Annual statistical returns and brief notes on vaccination in Bengal - 1887-1898
Year: 1887
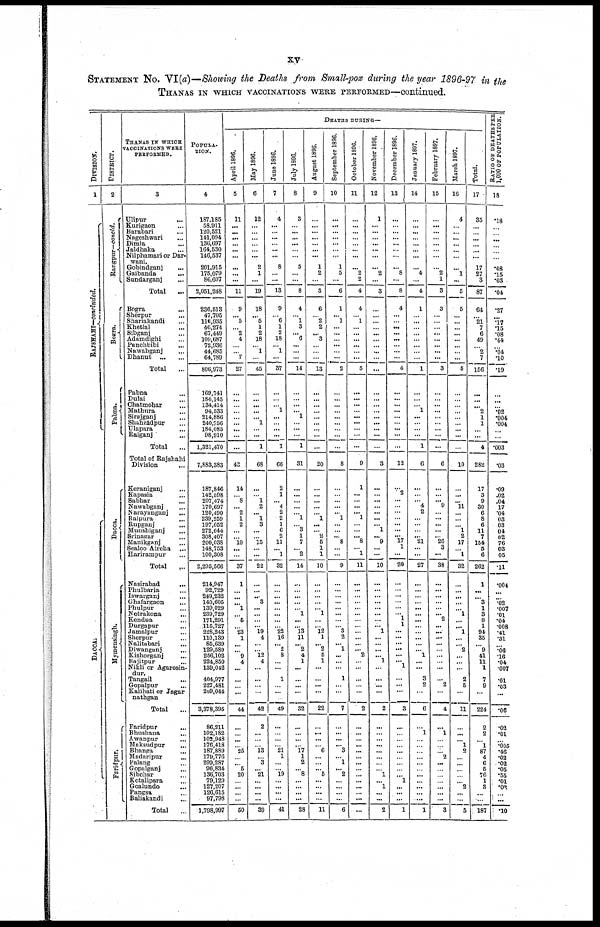
xv
STATEMENT NO. VI(a)—Showing the Deaths from Small-pox during the year 1896-97 in the
THANAS IN WHICH VACCINATIONS WERE PERFORMED—continued.
DIVISION.
1
RAJSHAHI—concluded.
DACCA.
DISTRICT.
2
Rangpur—concld.
Bogra.
Pabna.
Dacca.
Mymensingh.
Faridpur.
THANAS IN WHICH
VACCINATIONS WERE
PERFORMED.
3
Ulipur ...
Kurigaon ...
Barabari ...
Nageshwari ...
Dimla ...
Jaldhaka ...
Nilphamari or Dar-
wani.
Gobindganj ...
Gaibanda ...
Sundarganj ...
Total ...
Bogra ...
Sherpur ...
Shariakandi ...
Khetlal ...
Sibganj ...
Adamdighi ...
Panchbibi ...
Nawabganj ...
Dhanut
...
...
Total
...
Pabna ...
Dulai ...
Chatmohar ...
Mathura ...
Sirajganj ...
Shahzádpur ...
Ulapara ...
Raiganj ...
Total ...
Total of Rajshahi
Division
...
Keraniganj ...
Kapasia ...
Sabhar
...
Nawabganj ...
Narayanganj
...
Raipura ...
Rupganj ...
Munshiganj ...
Srinagar ...
Manikganj ...
Sealoo Aircha ...
Harirampur ...
Total
...
Nasirabad
...
Phulbaria ...
Iswarganj ...
Ghafargaon ...
Phulpur ...
Netrakona ...
Kendua ...
Durgapur ...
Jamalpur ...
Sherpur ...
Nalitabari ...
Diwangunj ...
Kishorganj ...
Bajitpur ...
Nikli or Agarosin-
dur.
Tangail ...
Gopalpur ...
Kalihati or Jagar
nathgan
Total ...
Faridpur ...
Bhushana ...
Awanpur ...
Maksudpur ...
Bhanga ...
Madaripur ...
Palang ...
Gopalganj ...
Sibchar ...
Kotalipara ...
Goalundo
...
Pangsa ...
Baliakandi ...
Total
...
POPULA-
TION.
4
187,185
58,911
120,521
141,094
136,697
164,530
146,537
201,915
175,079
86,607
2,051,248
236,513
47,705
116,935
46,274
67,449
109,687
72,936
44,685
64,789
806,973
169,741
184,145
134,414
94,533
214,886
240,756
184,085
98,910
1,321,470
7,883,383
187,846
142,598
207,474
170,697
120,490
239,259
197,052
272,644
308,407
200,038
148,753
100,308
2,295,566
214,947
92,729
249,232
140,605
139,029
239,729
171,291
115,727
228,243
110,139
85,639
129,589
256,102
224,850
139,042
404,977
227,481
209,044
3,378,395
86,211
102,182
102,948
176,418
187,889
179,776
299,287
96,834
136,703
79,129
127,207
126,615
97,798
1,798,997
DEATHS DURING—
April 1896.
5
11
...
...
...
...
...
...
...
...
...
11
9
... 5
... 2
4
... ...
7
27
...
...
...
...
...
...
...
...
...
43
14
...
8
... 2
1
2
...
...
10
...
...
37
1
...
...
...
1
...
5
...
23
1
...
... 9
4
...
...
...
...
44
...
...
...
...
25
...
... 5
20
...
...
...
...
50
May 1896.
6
12
...
...
...
...
...
...
2
1
...
19
18
... 5
1
2
18
... 1
...
45
...
...
...
...
... 1
...
...
1
68
...
...
1
2
... 1
3
...
...
15
...
...
22
...
... ...
3
...
...
...
... 19
4
...
...
12
4
...
...
...
...
42
2
...
...
...
13
... 3
... 21
...
...
...
...
39
June 1896.
7
4
...
...
...
...
...
...
8
...
...
13
9
...
6
1
2
18
... 1
...
37
...
...
...
1
...
...
...
...
1
66
2
1
...
4
2
2
1
6
2
11
...
1
32
...
...
...
...
...
...
...
... 22
16
... 2
8
...
...
1
...
...
49
...
...
...
...
21
1
...
...
19
...
...
...
...
41
July 1896.
8
3
...
...
...
...
...
...
5
...
...
8
4
...
1
3
... 6
...
...
...
14
...
...
...
... 1
...
...
...
1
31
...
...
...
...
...
1
... 3
1
7
...
2
14
...
...
...
...
...
1
...
... 13
11
... 2
4
1
...
...
...
...
32
...
...
...
... 17
1
2
... 8
...
...
...
...
28
August 1896.
9
...
...
...
...
...
...
...
1
2
...
3
6
...
2
2
... 3
...
...
...
13
...
...
...
...
...
...
...
...
...
20
...
...
...
...
...
1
...
...
2
5
1
1
10
...
...
...
...
... 1
...
... 12
1
... 2
5
1
...
...
...
...
22
...
...
...
... 6
...
...
... 5
...
...
...
...
11
September 1896.
10
...
...
...
...
...
...
...
1
5
...
6
1
... 1
...
...
...
...
...
...
2
...
...
...
...
...
...
...
...
...
8
...
...
...
...
... 1
...
...
... 8
...
...
9
...
...
...
...
...
...
...
... 3
2
... 1
...
...
...
1
...
...
7
...
...
...
... 3
...
1
... 2
...
...
...
...
6
October 1896.
11
...
...
...
...
...
...
...
... 2
2
4
4
...
1
...
...
...
...
...
...
5
...
...
...
...
...
...
...
...
...
9
1
...
...
...
...
1
...
...
... 8
... 1
11
...
...
...
...
...
...
...
...
...
...
...
... 2
...
...
...
...
...
2
...
...
...
...
...
...
...
...
...
...
...
...
...
...
November 1896.
12
1
...
...
...
...
...
...
... 2
...
3
...
...
...
...
...
...
...
...
...
...
...
...
...
...
...
...
...
...
...
3
...
...
...
...
...
...
... 1
... 9
...
...
10
...
...
...
...
...
...
...
... 1
...
...
...
... 1
...
...
...
...
2
...
...
...
...
...
...
...
... 1
... 1
...
...
2
December 1896.
13
...
...
...
...
...
...
...
... 8
...
8
4
...
...
...
...
...
...
...
...
4
...
...
...
...
...
...
...
...
...
12
...
...
...
...
...
...
...
...
... 17
1
...
20
...
...
...
...
...
... 1
1
...
...
...
...
...
...
1
...
...
...
3
...
...
...
...
...
...
...
...
... 1
...
...
...
1
January 1897.
14
...
...
...
...
...
...
...
... 4
...
4
1
...
...
...
...
...
...
...
...
1
...
...
...
1
...
...
...
...
1
6
...
...
... 4
2
...
...
...
... 21
...
...
27
...
...
...
...
...
...
...
...
...
...
...
...
1
...
...
3
2
...
6
...
1
...
...
...
...
...
...
...
...
...
...
...
1
February 1897.
15
...
...
...
...
...
...
...
...
2
1
3
3
...
...
...
...
...
...
...
...
3
...
...
...
...
...
...
...
...
...
6
...
...
... 9
...
...
...
...
... 26
3
...
38
...
...
...
...
...
... 2
...
...
...
...
...
...
...
...
... 2
...
4
...
1
...
...
...
2
...
...
...
...
...
...
...
3
March 1897.
16
4
...
...
... ...
...
...
...
1
...
5
5
...
...
...
...
...
...
...
...
5
...
...
...
...
...
...
...
...
...
10
...
...
... 11
...
...
... 1
2
17
... 1
32
...
...
...
...
... 1
...
...
1
... ...
2
...
...
...
2
5
...
11
...
...
... 1
2
...
...
...
...
... 2
...
...
5
Total.
17
35
...
...
...
...
...
...
17
27
3
87
64
...
21
7
6
49
...
2
7
156
...
...
...
2
1
1
...
...
4
282
17
3
9
30
6
8
6
11
7
154
5
6
262
1
...
...
3
1
3
8
1
94
35
...
9
41
11
1
7
9
...
224
2
2
... 1
87
4
6
5
76
1
3
...
...
187
RATIO OF DEATHS PER
1,000 OF POPULATION.
18
.18
...
...
...
...
...
...
.08
.15
.03
.04
.27
...
.17
.15
.08
.44
...
.04
.10
.19
...
...
...
.02
.004
.004
...
...
.003
.03
.09
.02
.04
.17
.04
.03
.03
.04
.02
.76
.03
.05
.11
.004
...
...
.02
.007
.01
.04
.008
.41
.31
...
.06
.16
.04
.007
.01
.03
...
.06
.02
.01
...
.005
.46
.02
.02
.05
.55
.01
.02
...
...
.10